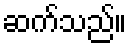
ဆက်သည်။